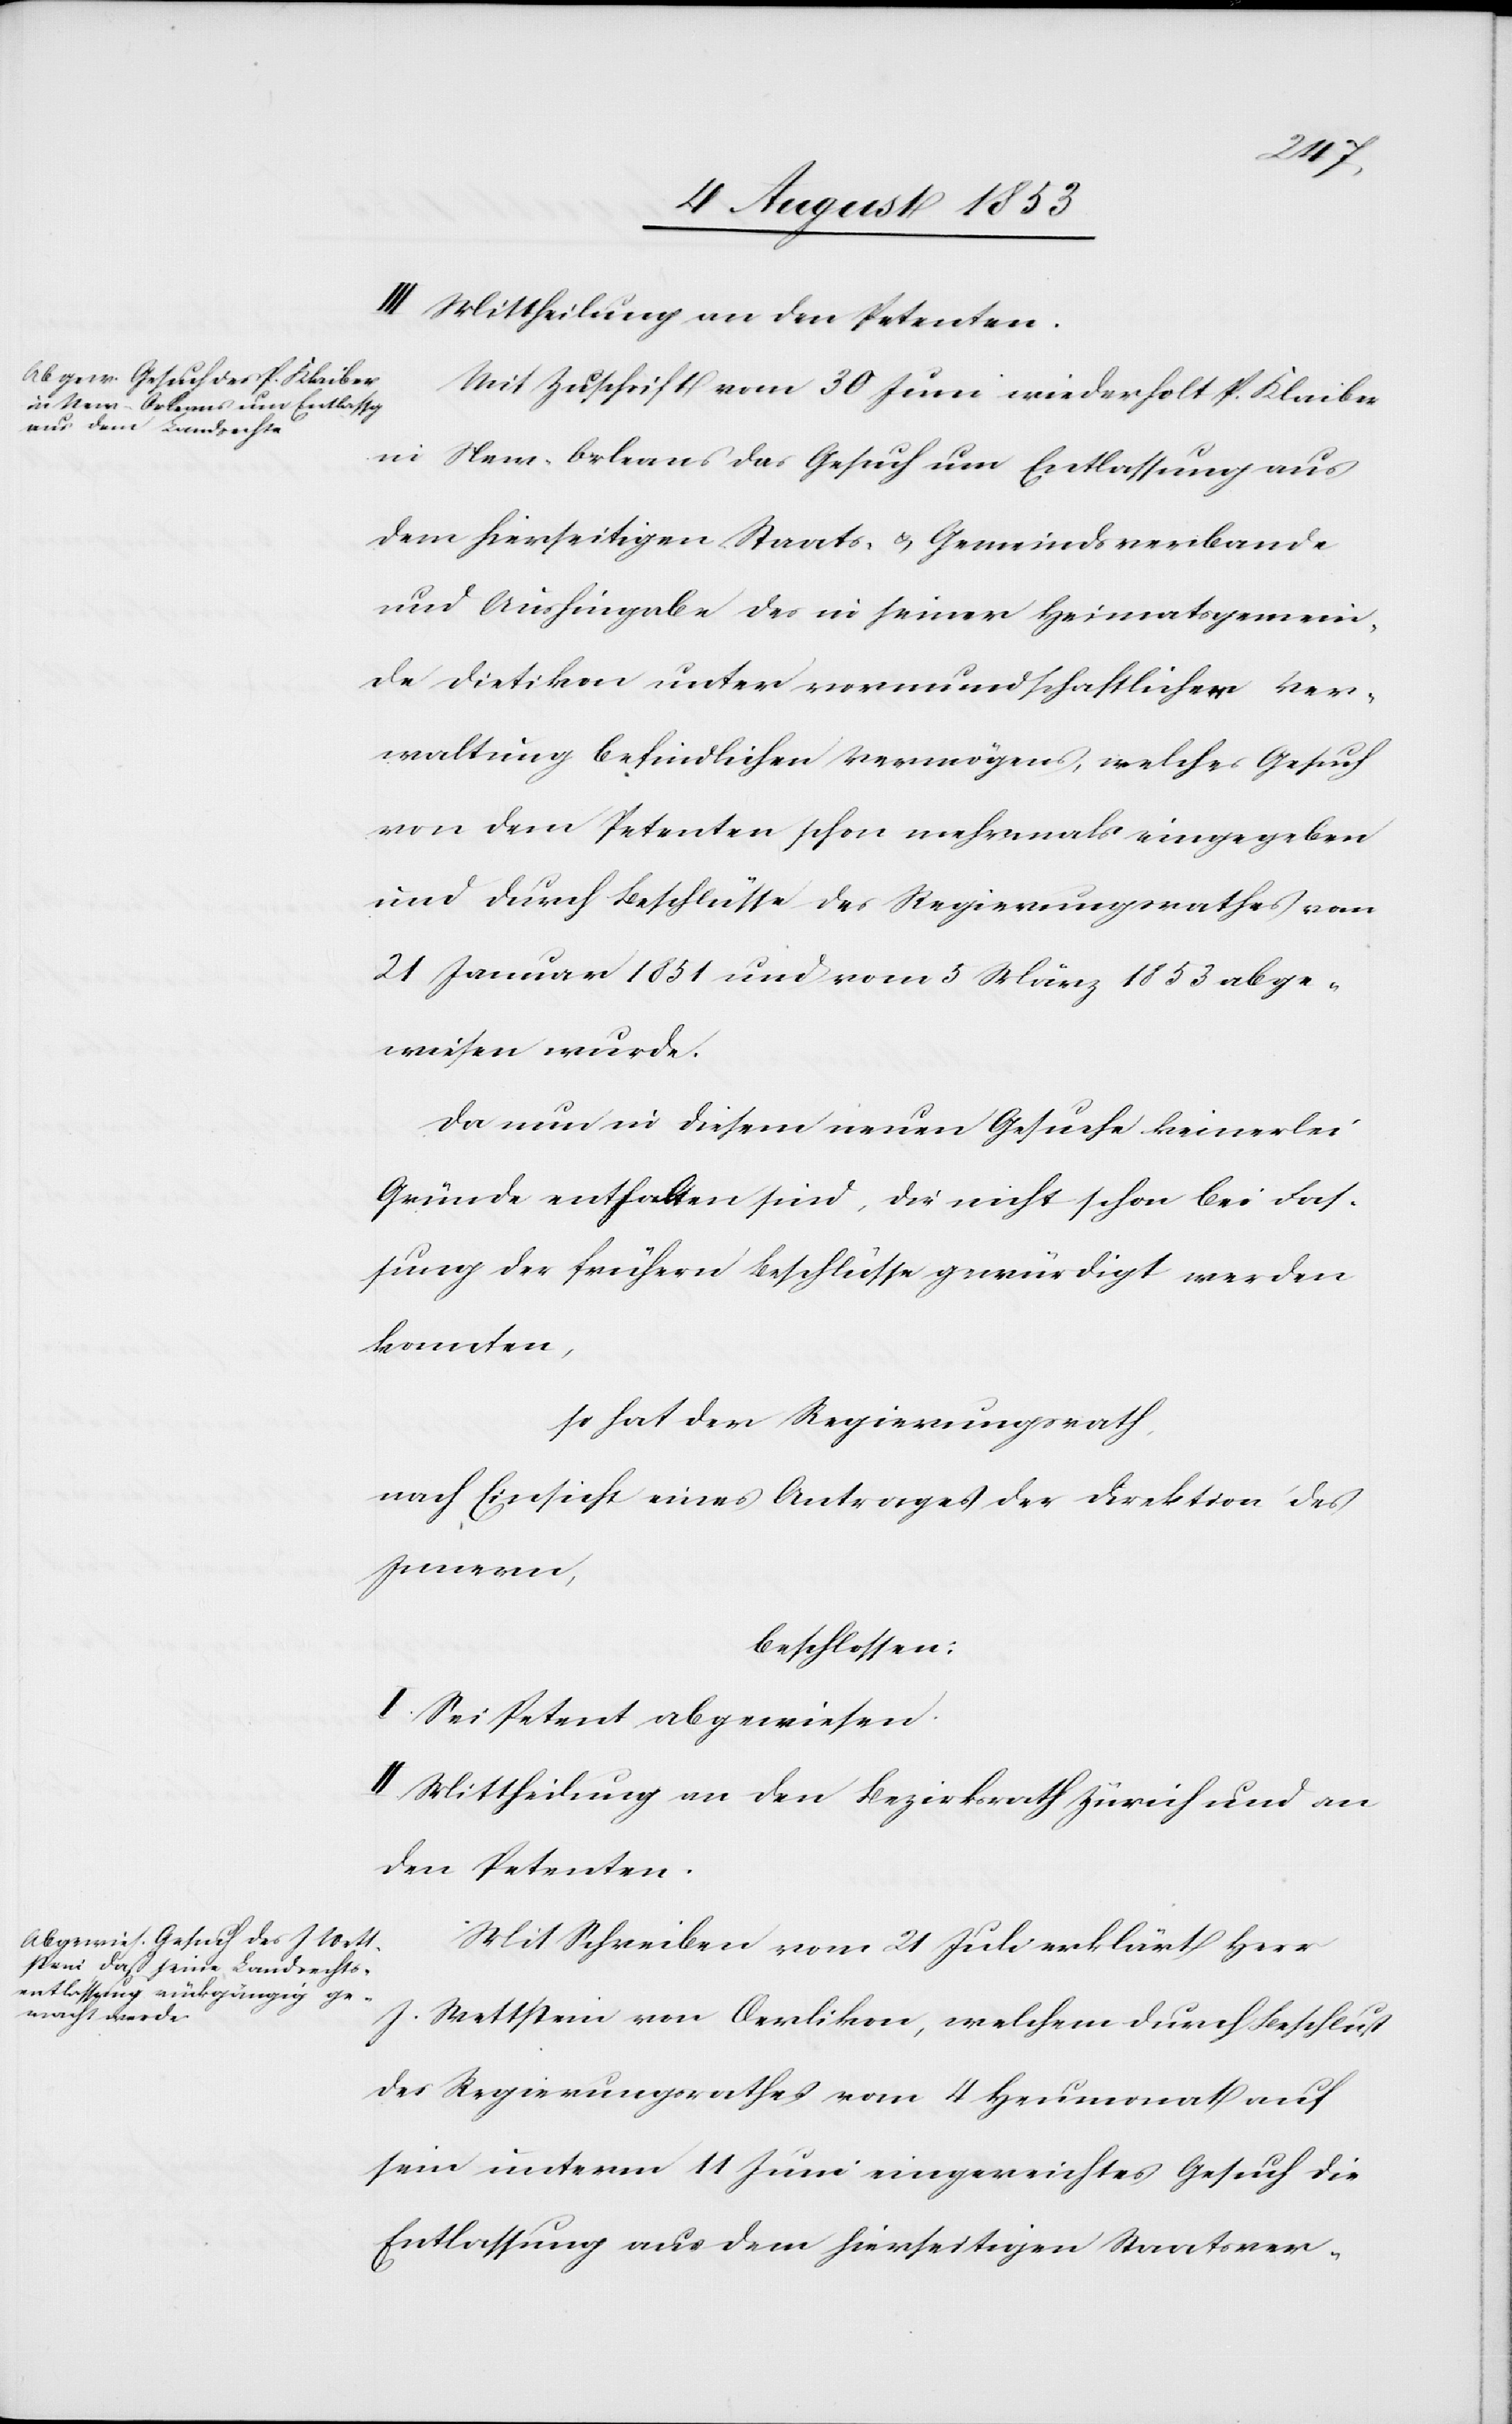
in New-Orleans um Entlass¬

aus
III. Mittheilung an den Petenten.
Mit Zuschrift vom 30 Juni wiederholt P. Klaiber
dem hierseitigen Staats- u. Gemeindsverbande
und Aushingabe des in seiner Heimatgemein¬
de Dietikon unter vormundschaftlicher Ver¬
waltung befindlichen Vermögens, welches Gesuch
von dem Petenten schon mehrmals eingegeben
und durch Beschlüsse des Regierungsrathes vom
21 Januar 1851 und vom 5 März 1853 abge¬
wiesen wurde.
Da nun in diesem neuen Gesuche keinerlei
Gründe enthalten sind, die nicht schon bei Fas¬
sung der frühern Beschlüsse gewürdigt werden
konnten,
so hat der Regierungsrath,
nach Einsicht eines Antrages der Direktion des
Innern,
beschlossen:
I. Sei Petent abgewiesen.
II. Mittheilung an den Bezirksrath Zürich und an
den Petenten.
Mit Schreiben vom 21 Juli erklärt Herr
J.
Wettstein von Oerlikon, welchem durch Beschluß
des Regierungsrathes vom 4 Heumonat auf
sein unterm 14 Juni eingereichtes Gesuch die
Entlassung aus dem hierseitigen Staatsver-